Vital statistics of India. Vol. IV, Annual returns from 1871 to 1876. British Army of India, Native Army and jails of Bengal
Year: 1871
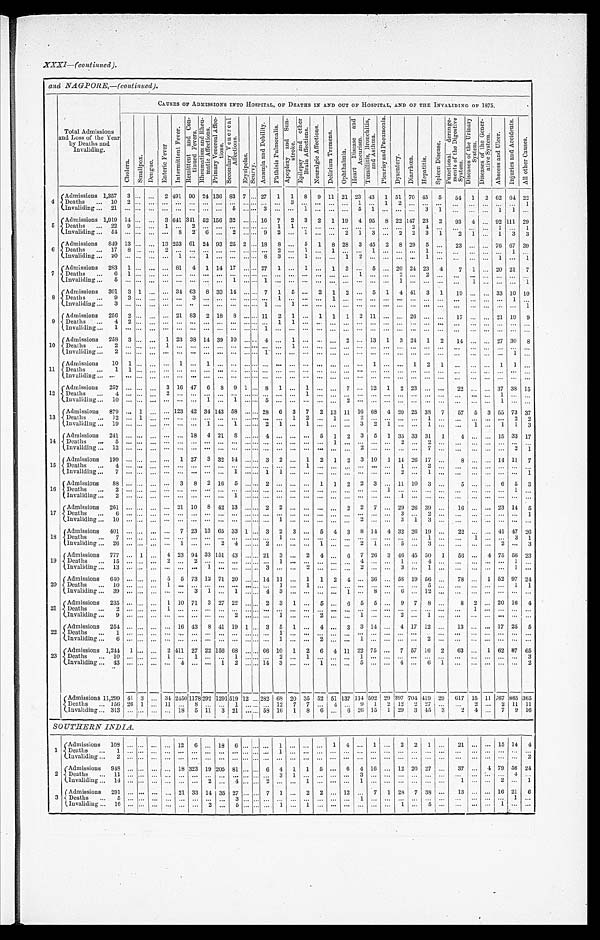
XXXI—(continued).
and NAGPORE,—(continued)
.
Total Admissions
and Loss of the Year
by Deaths and
Invaliding.
C A U S E S O F A D M I S S I O N S I N T O H O S P I T A L , O F D e a t h s I N A N D O U T O F H O S P I T A L , A N D O F T H E I N V A L I D I N G O F 1 8 7 5 .
C h o l e r a .
S m a l l p o x .
D e n g u e .
E n t e r i c F e v e r . I n t e r m i t t e n t F e v e r .
Re mi t t e n t a n d Co n -
t i nued Fever .
R h e u m a t i s m a n d R h e u -
m a t i c A f f e c t i o n s .
P r i m a r y V e n e r e a l A f f e c -
t i ons.
S e c o n d a r y V e n e r e a l
A f f e c t i o n s .
E r y s i p e l a s .
S c u r v y .
A n æ m i a a n d D e b i l i t y . P h t h i s i s P u l m o n a l i s .
A p o p l e x y a n d S u n -
s t r o k e . E p i l e p s y a n d o t h e r
Br a i n Af f e c t i o n s .
N e u r a l g i c A f f e c t i o n s .
D e l i r i u m T r e m e n s .
O p h t h a l m i a .
He a r t Di s e a s e a n d
Aneuri sm.
T o n s i l l i t i s , B r o n c h i t i s ,
a n d A s t h m a .
P l e u r i s y a n d P n e u m o n i a . D y s e n t e r y . D i a r r h œ a .
Hepat i t i s.
S p l e e n D i s e a s e .
F u n c t i o n a l d e r a n g e -
m e n t s o f t h e D i g e s t i v e
Sy s t e m.
D i s e a s e s o f t h e U r i n a r y
S y s t e m .
D i s e a s e s o f t h e G e n e r -
at i ve Syst em.
A b s c e s s a n d U l c e r .
I n j u r i e s a n d A c c i d e n t s .
A l l o t h e r C a u s e s .
4 Admi ssi ons 1,357
3
...
... 2 1491
491 90 24
1 3 6 8 3 7 . . .
27 1 1 8 9 11 21 23 43 1 5 1 7 0
45 5 54 1 2
6 2
64 22
D e a t h s . . . 1 0 2 . . .
... ... ... ... ...
. . .
... . . . . . .
.. ... 3 ... ... ... ... 1 ...
1 2
. . .
... . . . ...
. . . ...
. . .
... 1
I n v a l i d i n g . . . 2 1 . . . . . .
... ... ... ... ...
. . .
5
. . . . . .
3 ... ... 1 ... ... ... 5 1
. . .
...
. . .
3 1 ...
. . . ...
1 1 ...
5 Admi ssi ons 1,919
1 4 ... ... 3
6 4 1
341 52
1 5 6
32 ... . . .
16 7 2 3 2 1 19 4 95 8
2 2 1 4 7
23 2 93 4 ... 92 111 29
Deaths ... 22
9 . . .
... 1 ... 2 ...
. . .
... . . . . . .
... 1 1 ... ... ... ... ... ...
. . .
...
2 4 . . . ...
. . .
... 1 ... 1
Invaliding ... 54
... ... ... ... 8 2 6
. . .
2
. . . . . . 9 2 ... ... 1 ... ... 2 1 3
. . .
2 2 3 1
2 1 ... 1 3 3
6 Admissions 849
1 3 ... . . . 1 3
25361 24 93
2 5 2 . . .
18 8 ... 5 1 8 28 3 45 2 8 29 5
. . . 23
. . . . ... 76 67 39
Deaths ... 17
8 . . .
... 2 ... ... ...
. . .
... . . . . . .
... 2 ... 1 ... 1 ... ... 1 . . . ... ... 1 . . . ...
. . . ... ... 1 ...
Invaliding ... 20
. . . . . .
... ... 1 ... 1
. . .
... . . . 8 3 ... 1 ... ... 1 2 ... ... . . . ... 1 ... . . . ...
. . . 1 ...
1
7 Admissions 283 1
. . .
...
. . .
81 4 1
1 4
17 . . . . . .
27 1 ... ... 1 ... ... 1 3 ... 5 . . . 20 24 23 4
7 1 ... 20 21 7
Deaths ... 6
1 . . .
... ... ... ... ...
. . .
... . . . . . .
... ... ... ... ... ... ... 1 ... . . . 2 ... 2
. . . ... . . . ... ... ... ...
Invaliding ... 5
. . . . . .
... ... ... ... ...
. . .
1
. . . . . .
1 ... ... ... ... ... ... ... ... . . . 1 ... ...
. . . ... 1 ... ... ... 1
8 Admissions 301 3
1
... ... 34 63 8
3 3
14
. . . . . . 7 1 5 .... 2 1 2 ... 5 1 4 41 3 1 19
. . . ... 33 10 10
Deaths ... 9
3 . . .
... ... ... 3 ...
. . .
... . . . . . .
... 1 ... ... ... 1 ... ... ... . . . ... ... ... . . . ...
. . . ... ... 1 ...
Invaliding ... 3
. . . . . .
... ... ... ... ...
. . .
... . . . . . .
1 ... 1 ... ... ... ... ... ... . . . ... ... ...
. . . ...
. . . ... ... ... 1
9 Admissions 256 2
. . . ... ... 21 83 2
1 8
8
. . . . . . .
11 2 1 ... ... 1 1 1 2 11 ... .., ... 26 ... ... ...
17 . . . ... 21 19 9
Deaths ... 4
2 . . .
... ... ... ... ...
. . .
... . . . . . .
... 1 1 ... ... ... ... ... ...
. . .
... ... ...
. . . ... . . . ... ... ... ...
Invaliding ... 1
. . . . . .
... ... ... ... ...
. . .
... . . . . . .
1 ... ... ... ... ... ... ... ...
. . .
... ... ...
. . . ... . . . ... ... ... ...
1 0 Admissions 258 3
. . .
... 1 23 38 14 39 10 . . . . . . 4 ... 1 ... ... ... 2 ... 13 1 3 24 1 2 14
. . . ... 27 30 8
Deaths ... 2
. . . . . .
... 1 ... ... ... ... ... . . . . . .
... ... 1 ... ... ... ... ... ... . . . ... ... ...
. . . ... . . . ... ... ... ...
Invaliding ... 2
. . . . . .
... ... ... ... ... ... ... . . . . . .
1 ... ... ... ... ... ... ... ... . . . ... ... ...
. . . ... . . . ... ... 1 ...
1 1 Admissions 10 1
. . .
... ... 1 ... 1 ... ... . . . . . . ... ... ... ... ... ... ... ... 1
. . . ... 1 2
1 ... . . . ... 1 1 ...
Deaths ... 1 1
. . .
... ... ... ...
. . . ... ... . . . . . .
... ... ... ... ... ... ... ... ... . . . ... ... ...
. . . ...
. . . ... ... ... ...
Invaliding ... ... . . . . . .
... ... ... ... ...... ... . . . . . .
... ... ... ... ... ... ... ... ... . . . ... ... ... ... ... ... . . . ... ... ... ...
1 2 Admissions 257 ...
. . .
... 3 16 47 6 8 9 1 . . . 8 1 ... 1 ... ... 7 ... 12 1 2 23 ... . . . 22 ... ... 37 38 15
Deaths ... 4 . . . . . .
... ... ... ... ... ... ... . . . . . .
... ... ... 1 ... ... ... ... ... . . . ... ... ... . . . ... . . . ... 1 ... ...
Invaliding ... 10 . . . . . .
... ... ... ... 1 ... 1
. . . . . .
5 ... ... ... ... ... 2 ... ... . . . ... ... ...
. . . ...
. . . ... 1 ... ...
1 3 Admissions 879
. . . 1 ... ... 123 123 42 34 143 58
. . . . . . 28 6 3 7 2 13 11 16 68 4 20 25 38 7 57 5 3 55 73 3
Deaths ... 12
. . . 1 ... ... ... ... ... ... ... . . . . . .
... ... 1 2 ... 1 ... 2 ... . . . ... ... 1
. . . ... . . . . . . ... 2 2
Invaliding ...19 ...
. . . .
... ... ... ... ... 1 ... 1
. . . . . . 2 1 ... 1 ... ... ... 3 2 1 ... ... 1 ... ... 1 ... 1 1 3
1 4 Admissions 241
. . . . . .
... ... ... 18 4 21 8
. . . . . . 4
. . . ... ... 5 1 2 3 5 1 35 33 31 1
4 . . . . ... 15 33 17
Deaths ... 5
. . . . . . .
... ... ... ... ... ... ... . . . . . .
... ...... ... ...1 ... ...... . . . 2 ... 2
. . .
... . . . ... ... ... ...
I nval i di ng . . . 12
. . .
. . .
... ... ... ... ... ... ...
. . . . . . ... ... ... ... ... ... ... 2 ... . . . ... ... 7
. . .
... . . . ... ... 2 1
1 5 Admissions 199 ...
. . .
... ... 1 27 3 32 14
. . . . . . 3 2 ... 1 2 1 2 3 10 1 14 26 17 . . .
8 ... ... 14 11 7
Deaths ... 4
. . . . . .
... ... ... ... ... ... ... . . . . . .
... ...... 1 ... ... ... ...... . . . 1 ... 2 . . .
. . .
. . . ... ... ... ...
Invaliding ... 7 ...
. . .
... ... ... ... ... ... 1
. . . . . . 1 1 ... ... ... ... ... ...... . . . 2 ... 1
. . . ...
. . .
... ... ... 1
1 6 Admissions
88 ...
. . .
... ... 3 8 2 16 5
. . . . . . . 2 ... ... ... 1 1 2 2 3 . . . 11 10 3 . . .
5
. . . ... 6 5 3
D e a t h s . . . 2
. . . . . .
... ... ... ...... ... ... ...... . . . ... ... ... ... ... ... ... ...... 1 ... ... ...
. . .
... . . .
...
. . . 1
. . .
Invaliding ... 2
. . . . . .
... ... ... ...... ... 1
. . . . . .
... ... ... ... ... ... ... ...... . . . 1 ... ...
. . .
... . . .
...
. . . ...
. . .
1 7
Admissions 261
. . . . . .
... ... 21 10 8 42 13
. . . . . 2 2 ... ... ... ... 2 2 7 ... 29 26 39 ... 16
... 23 14 5
D e a t h s . . 6
. . . . . .
... ... . . . ... ... ... ...
. . . . . ... ... ... ...
... ... ...... . . . ... ... ...
. . . ...
1 ... ... 3
1
Invaliding...10
. . . . . .
......... ... ... ... ... ... . . . . .
... 1 ... ... ... ... .. ...2
. . . ... 3 1
3 ...
. . .
.. ... ... ...
1 8 Admissions 401
. . . . . . ... ... 7 23 13 65 33
1 . . 3 2 3 ... 5 4 3 8 14 4 32 26 19 . . .
22 ... ... 41 47 26
Deaths... 7
. . . . . .
.. ... ... ... ... ... ... . . . . . . . . 1 ...... ... ... ... ...... . . . ... ... 1
. . . ...
1 ... ...
3 1
Invaliding...26
. . . . . .
.. ... 1 ... ... 2 4
. . . . . 2 ... ...... 1 ... ... 2 1
. . . 5 ... 3
. . . ...
. . .
... 2
. . . 3
1 9 Admissions 777 ... 1 . . 4 23 94 33 151 43 ... . . 21 3 ... 2 4 ... 6 7 26 3 46 45 50 1 56 ... 4 75 56 23
Deaths ... 15 . . . . . . .. 2 ... 2 ... ... ... . . . . .
... 1 ...
. . . ... ... ... 4 ... . . . 1 ... 4
. . . ...
. . . . . .
... 1 ...
Invaliding...13 . . . . . . .. ... ... ... 1 ... ... . . . . .
3 ......
2 ... ... ... 2 ... . . . 3 ... 1
. . . ...
. . . . . .
... 1 ...
2 0
A d m i s s i o n s . . . 6 4 0
. . . . . . ... 5 5 73 12 71 20
. . . . . . 14 11 ... 1 1 2 4 ... 36 ... 58 19 56 ... 78 ... 1 52 97 24
D e a t h s . . . 1 0
. . . . . . ......1 ... ... ... ... ... . . . . . ... 1 ...
1 ... ... ...... ... . . . ... ... 5
. . . ...
. . . . . .
... 1 1
Invaliding... 39
. . . . . . ... ... ... 3 1 ... 1
. . . . . . 4 3 ... ... ... ...
1 ... 8 ... 6 ... 12 ... ... ... ... ... ... ...
2 1 Admissions 235 ... . . . .. 1 10 71 3 27 22
. . . . . 2 3 1 ... 5 ... 6 5 5 . . . 9 7 8 . . .
8 2 ... 20 16 4
Deaths... 2
. . . . . . .. 1
... ...... ... . . . . . . . . . . . ... ...... ...... ... ... ... . . . ... ... ... . . .
. . .
1 .. ... ...
. . .
Invaliding...9 . . . . . . .. ... ... ... ...... 2
. . . . . . . . 1 ...... 2... ... 1 ... . . . 2 ... 1
. . . ...
. . .
... ... ...
. . .
2 2 Admissions 254
. . . . . . ... ... 16 43 8 41 19
1 . . 3 5 1 ... 4 ... 3 3 14 ... 4 17 12 ... 13 ... ... 17 25 5
Deaths... 1 . . .
. . . .. ... ... ... ...... ... . . . . . . . . 1 ...... ...... ... ...... . . . ... ... ... . . .
. . .
. . . .. ... ... ...
Invaliding...6 . . . . . . .. ... ... ... ...... ... . . . . . . . . . 1 ...... 2... ... 1 ... . . . ... ... 2
. . . ...
. . .
... ... ... ...
2 3 Admissions.. 1 ,244 1 . . . ... 2 1411 27 22 156 68 ... ... . . 66 10 1 2 6 4 11 22 75
. . . 7 57 10 2 63 . . . 1 62 87 65
Deaths . 10
. . . . . . .. 1 ... 1 ... ... 1
. . . . . .
... 2 . . . 1 ... ... . . . 1 ... ... ... ... ... . . . ... ... ... ... ...
3
Invaliding... 43
. . . . . . .. ... 4 ...... 1 ... . . . 1 4
3 ......
1 ... ... 5 ...... 4 ... 6 1
. . . ...
. . .
.. ... ...
2
Admissions 11,299 41 3 ... 34 2450 1178 292 1291 519 12 . . . 2 8 2
68 20 35 52 51 137 114 502 297 7 0 4 419 29 419 2 9
617 1 5 1 1 1 767865 365
Deaths ... 156 26 1 ... 11 ...
8 ... ... 1
. . . . . ... 12 7 7 ... 4 ... 9 1 2 12 2 2 2 7
. . . 2 ...
2 1 1 11
Invaliding ... 313 ... . . . ... ... 18
5 11 3 21
. . . . . 58 16 1 8 6 ... 6 26 15 1 29 3 45 3 2
4 ...
7 9 1 6
SOUTHERN INDIA.
1 Admissions 108 . . . . . . .. ... 12 6 ... 18 6 ... . .
... 1 ... . . . ... 1 4 ... 1 ... 2 2 1 ... 21 ... ... 15 14 4
Deaths ... 1 . . . . . . ... ... ... ...... ... ... . . . . .
... 1 ... . . .
... ... ...... ... . . . ...
. . .
...
. . .
... . . . . . .
... ...
. . .
Invaliding...2 . . . . . . ... ... ... ...... ... ... . . . . .
... ... ... ... ... ... ... ... ... ... ... ... ...
. . . ... ... ...
. . . ... 2
2 Admissions 948 ... ... ... ... 18 323 19 205 81 ... . . 6 4 1 1 5 ... 6 4 16 ... 12 20 27 ... 37 ... 4 79 50 24
D e a t h s . . . 1 1
. . . . . . ... ... ... ... ...... ... . . . . . 3 1 ... . . . ...... 3 ...... . . . ... ... ...
. . .
... . . . . .
... 4 ...
Invalilding...14 . . . . . . ... ... ... ... 2 ... 4 . . . . . . 2 ... ... 1 ...... ... 1 ... . . . ... ... ...
. . .
1 . . . . .
2 ... 1
3 Admissions 291 ... ... ... ... 21 33 14 35 27 ... ... 7 1 ... 2 2 ... 12 . . . 7 1 28 7 38 ...
13 ... ... 16 21 6
Deaths... 5
. . . . . .
... ... ... ... ... ... 3
. . . . . .
... ... ... ... ... ... ... 1 ...
. . .
... ... ... . . . ...
. . . . . . . . . 1 ...
I n v a l i d i n g . . .
1 6
. . . . . .
... ... ... ... 2 ... 5
. . . . . .
... 1 ... 1 ... ... ... ... ...
. . .
1 ... 5
. . .
...
. . .
... 1 ... ...